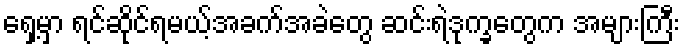
ရှေ့မှာ ရင်ဆိုင်ရမယ့်အခက်အခဲတွေ ဆင်းရဲဒုက္ခတွေက အများကြီး